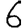
Digit: 6